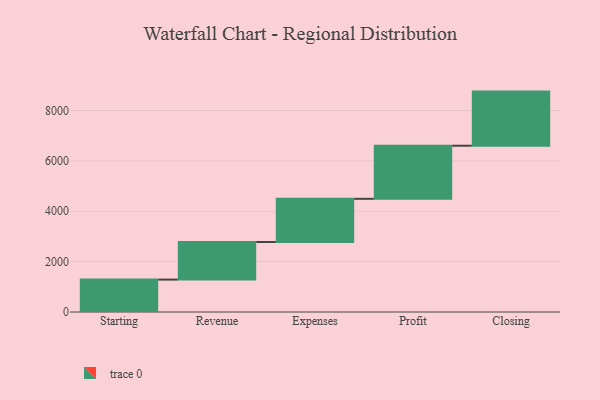
{"axis": {"x": "Step", "y": "Value"}, "legend": [""], "data": [{"x": "Starting", "y": 1287.0, "type": ""}, {"x": "Revenue", "y": 1492.0, "type": ""}, {"x": "Expenses", "y": 1715.0, "type": ""}, {"x": "Profit", "y": 2108.0, "type": ""}, {"x": "Closing", "y": 2149.0, "type": ""}]}